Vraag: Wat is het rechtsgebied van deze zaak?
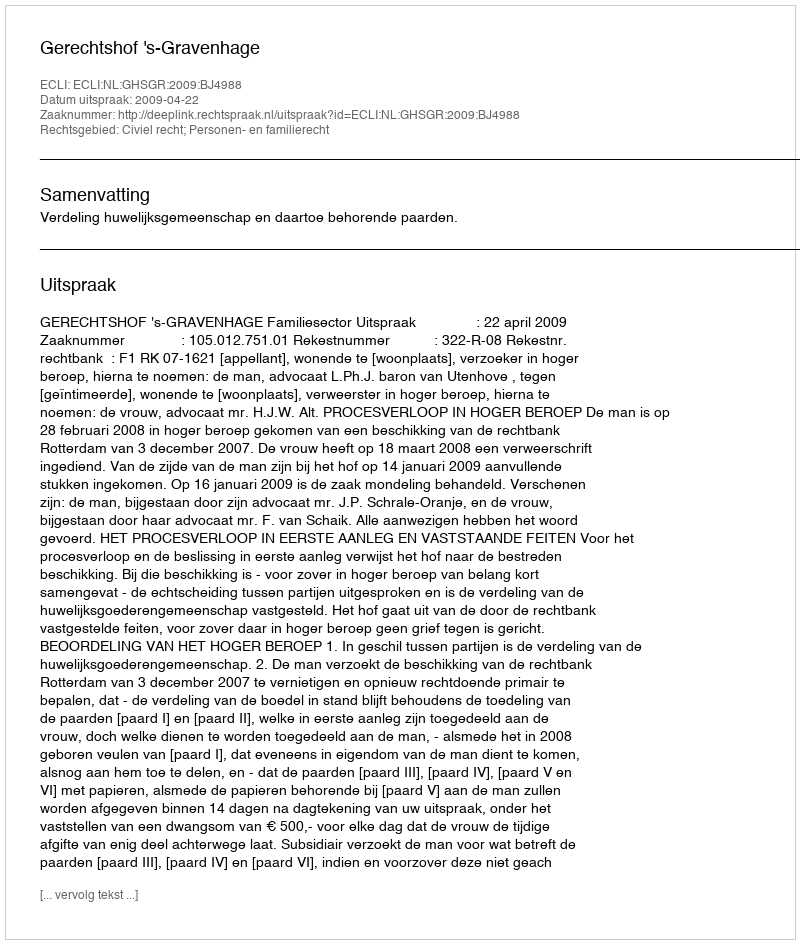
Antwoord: Civiel recht; Personen- en familierecht